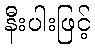
နီးပါးဖြင့်